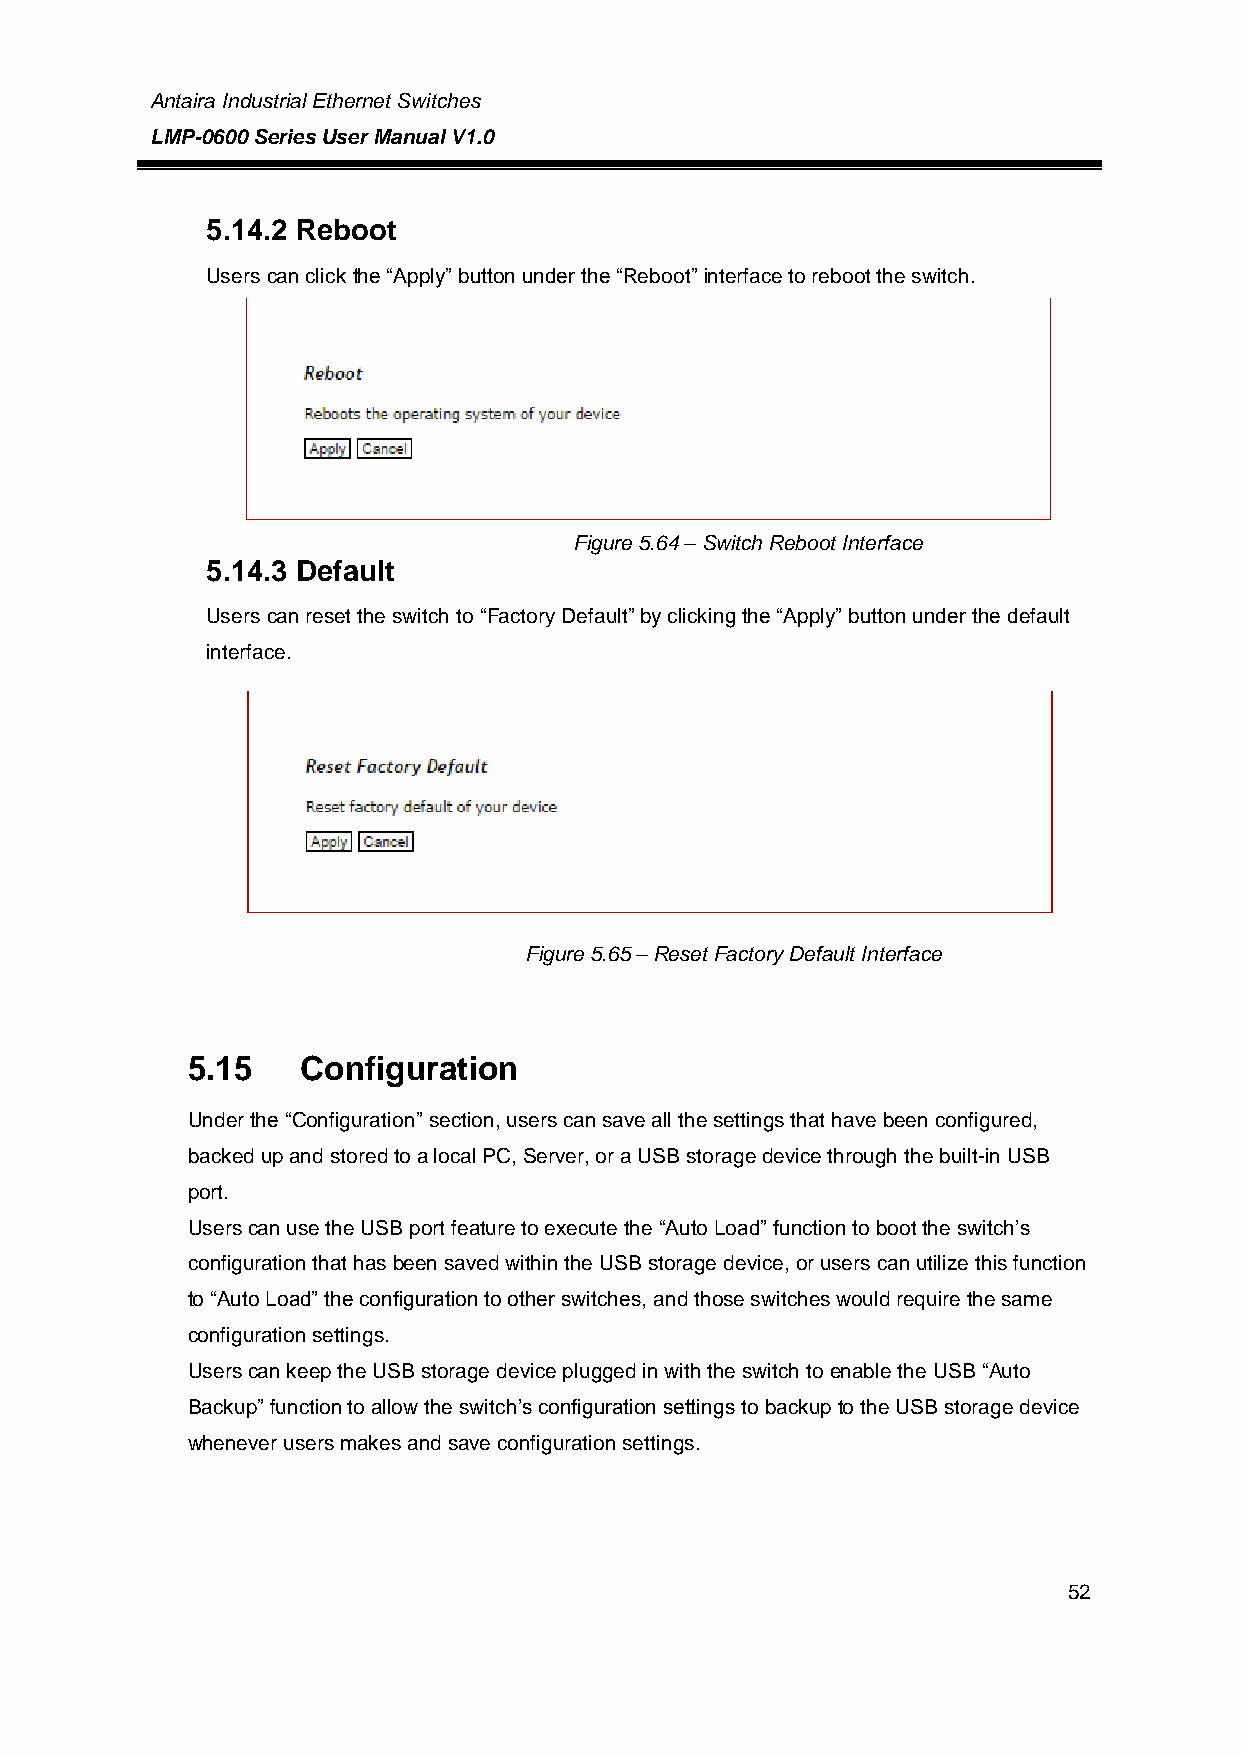
Antaira Industrial Ethernet Switches
 LMP-0600 Series User Manual V1.0
 5.14.2 Reboot
 Users can click the “Apply” button under the “Reboot” interface to reboot the switch.
 Figure 5.64 – Switch Reboot Interface
 5.14.3 Default
 Users can reset the switch to “Factory Default” by clicking the “Apply” button under the default
 interface.
 Figure 5.65 – Reset Factory Default Interface
 5.15    Configuration
 Under the “Configuration” section, users can save all the settings that have been configured,
 backed up and stored to a local PC, Server, or a USB storage device through the built-in USB
 port.
 Users can use the USB port feature to execute the “Auto Load” function to boot the switch’s
 configuration that has been saved within the USB storage device, or users can utilize this function
 to “Auto Load” the configuration to other switches, and those switches would require the same
 configuration settings.
 Users can keep the USB storage device plugged in with the switch to enable the USB “Auto
 Backup” function to allow the switch’s configuration settings to backup to the USB storage device
 whenever users makes and save configuration settings.
 52